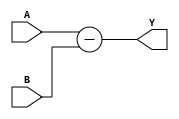
module sub10 (A, B, Y);
	input [9:0] A;
	input [9:0] B;
	output reg [9:0] Y;
	
	always@(A, B) begin
		Y <= A-B;
	end
	
endmodule